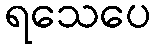
ရသေပေ